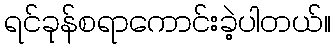
ရင်ခုန်စရာကောင်းခဲ့ပါတယ်။